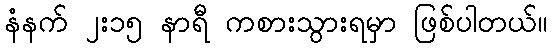
နံနက် ၂း၁၅ နာရီ ကစားသွားရမှာ ဖြစ်ပါတယ်။